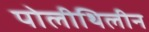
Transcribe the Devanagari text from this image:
पोलीथिलीन